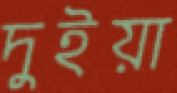
দুইয়া